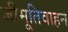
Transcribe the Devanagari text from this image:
जीमूतिवाहन